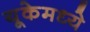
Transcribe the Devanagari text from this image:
यूकेमध्ये